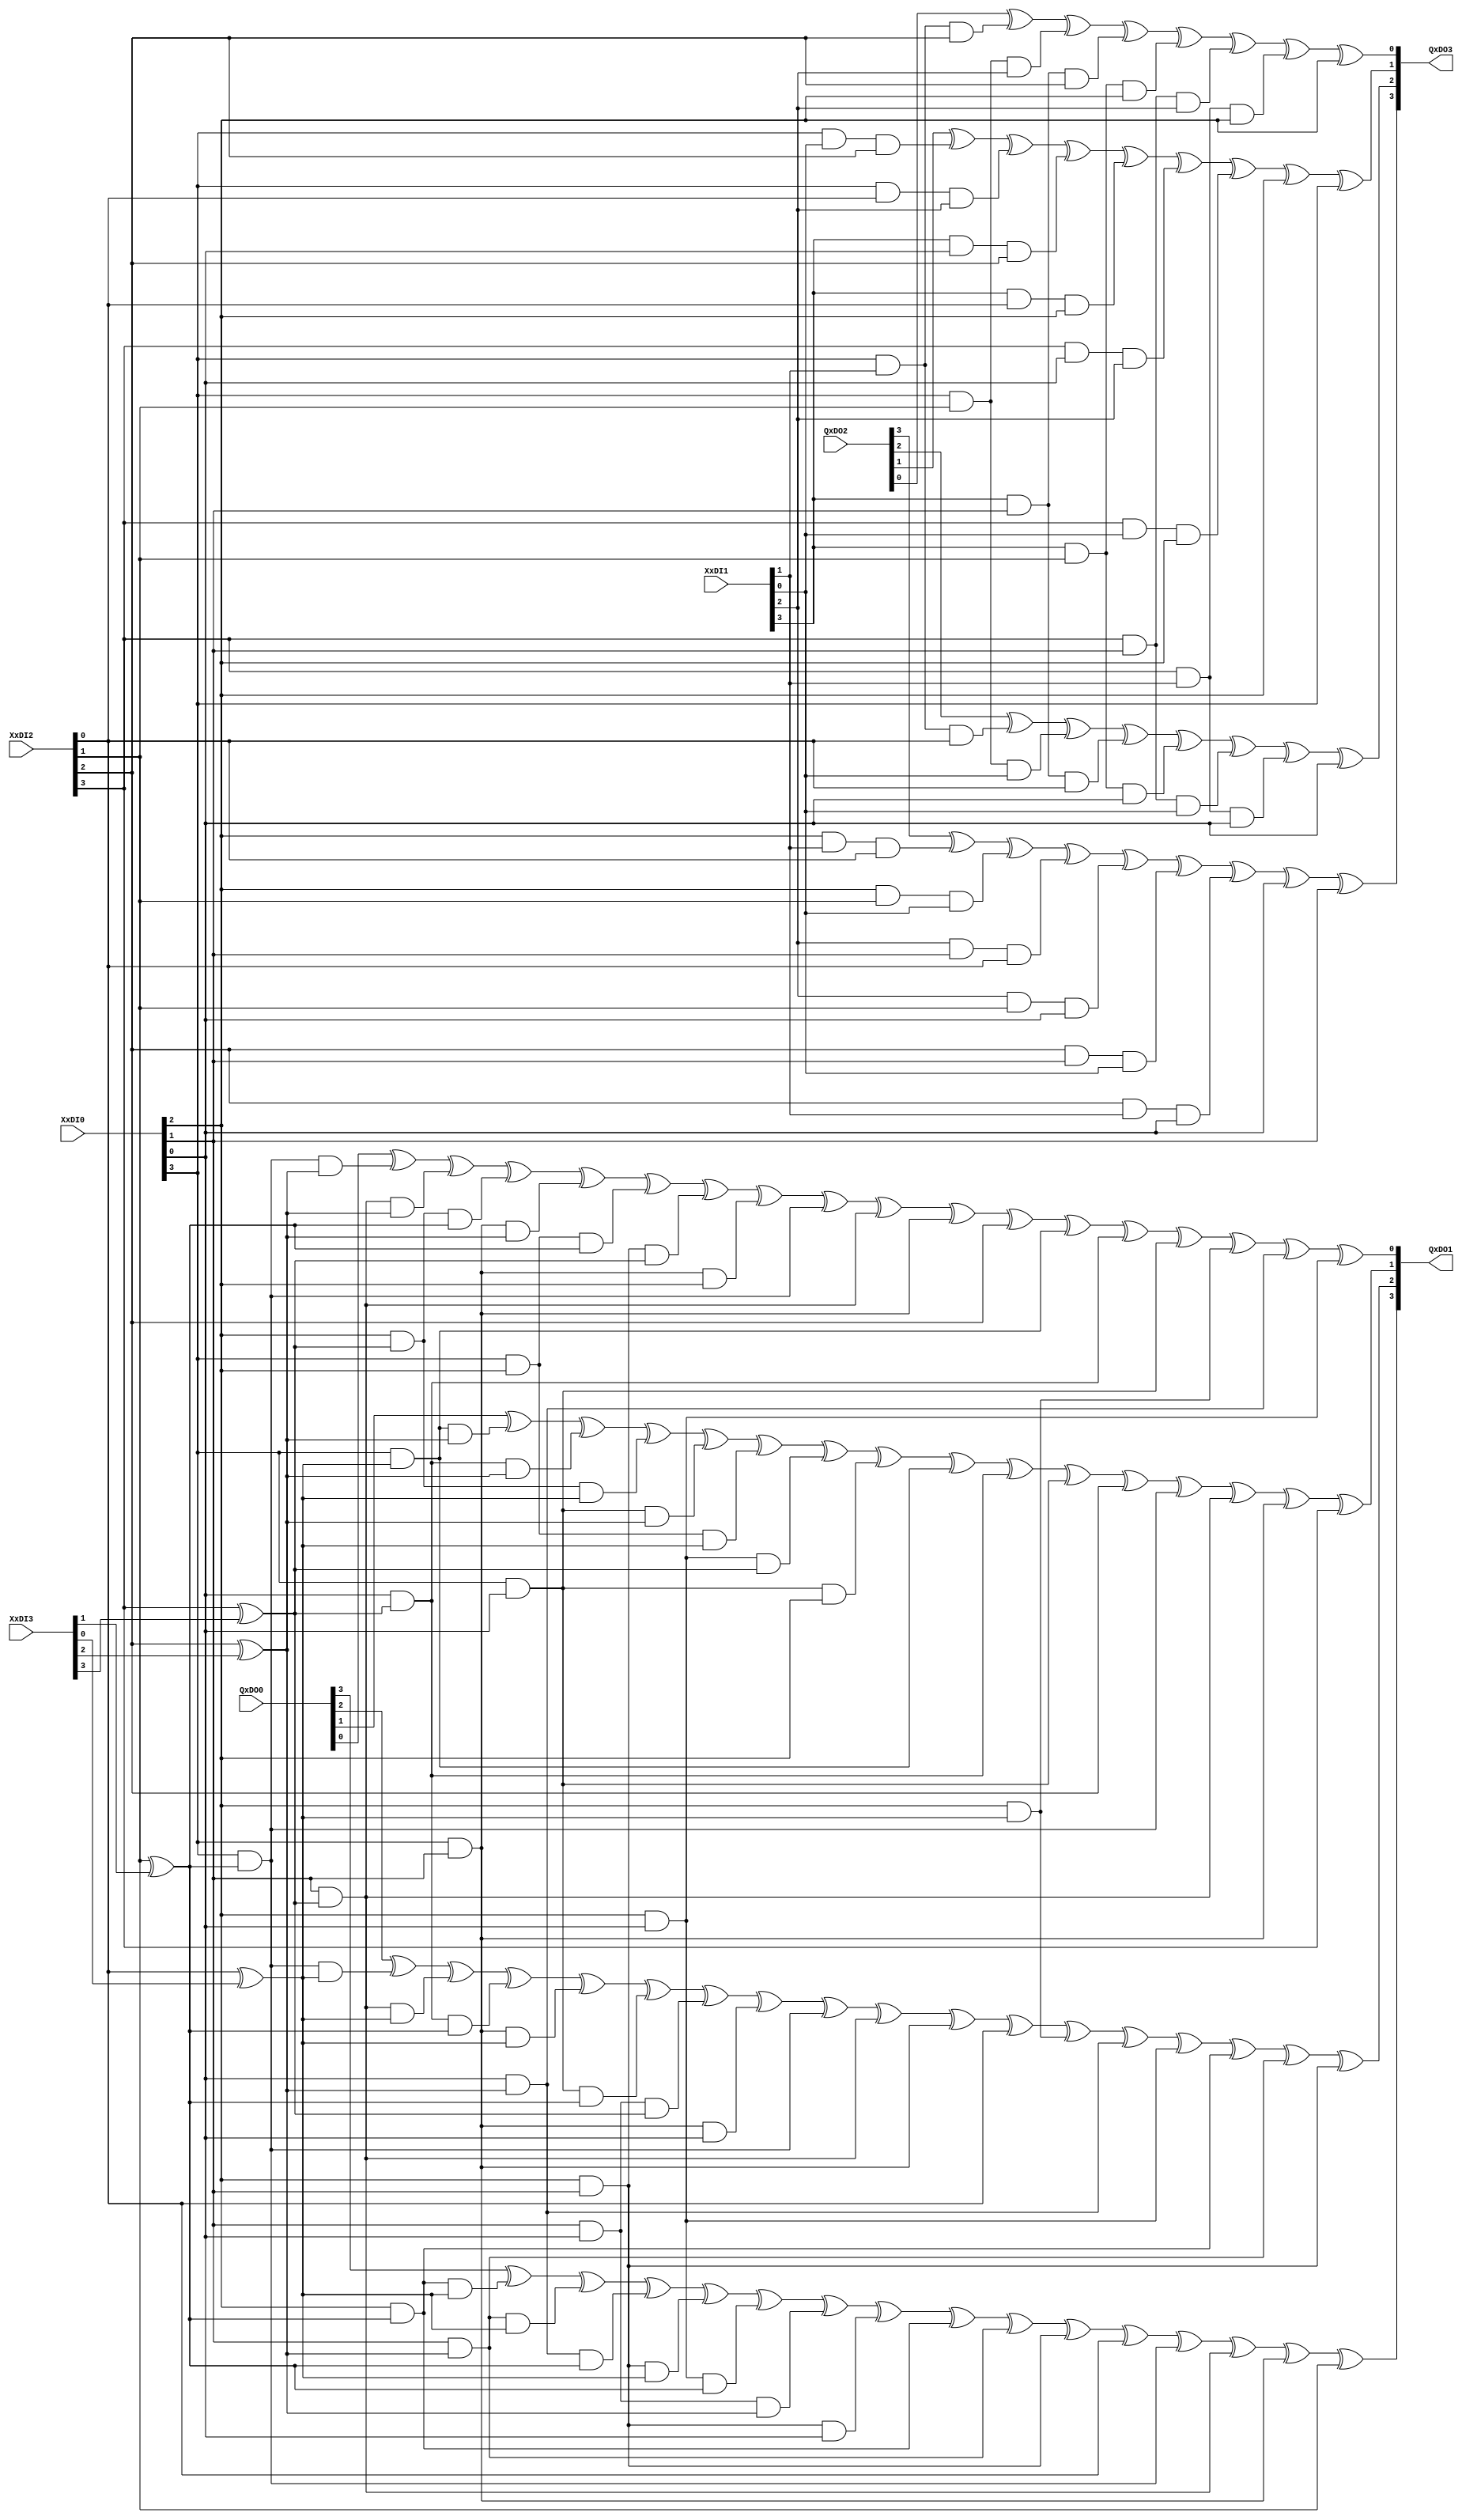
`timescale 1ns / 1ps
//////////////////////////////////////////////////////////////////////////////////
// Company: 
// Engineer: 
// 
// Design Name: 
// Module Name:    inverter2 
// Project Name: 
// Target Devices: 
// Tool versions: 
// Description: 
//
// Dependencies: 
//
// Revision: 
// Revision 0.01 - File Created
// Additional Comments: 
//
//////////////////////////////////////////////////////////////////////////////////
//the second stage shared gf2^4 inverter 
module inverter2(
   input [3:0]  XxDI0,
	input [3:0]  XxDI1,
	input [3:0]  XxDI2,
	input [3:0]  XxDI3,
   input [3:0]  QxDO0,
	input [3:0]  QxDO2,
   output  [3:0] QxDO1,
	output  [3:0] QxDO3
	);
	
   assign QxDO1[3] = QxDO0[3] ^ (XxDI0[2] & (XxDI2[1] ^ XxDI3[1] ) & (XxDI2[0] ^ XxDI3[0] )) ^ (XxDI0[1] & (XxDI2[2] ^ XxDI3[2] ) & (XxDI2[0] ^ XxDI3[0] )) 
	   ^ (XxDI0[0] & (XxDI2[2] ^ XxDI3[2] ) & (XxDI2[1] ^ XxDI3[1] )) ^ (XxDI0[2] & XxDI0[1] & (XxDI2[0] ^ XxDI3[0] )) 
		^ (XxDI0[2] & XxDI0[0] & (XxDI2[1] ^ XxDI3[1] )) ^ (XxDI0[1] & XxDI0[0] & (XxDI2[2] ^ XxDI3[2] )) ^ (XxDI0[2] & XxDI0[1] & XxDI0[0]) 
	   ^ (XxDI0[2] & (XxDI2[1] ^ XxDI3[1] )) ^ (XxDI0[1] & (XxDI2[2] ^ XxDI3[2] )) ^ (XxDI0[2] & XxDI0[1]) ^ XxDI2[0]
	   ^ (XxDI0[3] & (XxDI2[1] ^ XxDI3[1] )) ^ (XxDI0[1] & (XxDI2[3] ^ XxDI3[3] )) ^ (XxDI0[3] & XxDI0[1]) ^XxDI2[1];
   assign QxDO3[3] = QxDO2[3] ^ (XxDI0[2] & XxDI1[1] & XxDI2[0]) ^ (XxDI0[2] & XxDI2[1] & XxDI1[0]) ^ (XxDI1[2] & XxDI0[1] & XxDI2[0]) 
	   ^ (XxDI1[2] & XxDI2[1] & XxDI0[0]) ^ (XxDI2[2] & XxDI0[1] & XxDI1[0]) ^ (XxDI2[2] & XxDI1[1] & XxDI0[0]) ^ XxDI0[0] ^ XxDI0[1];

   assign QxDO1[2] = QxDO0[2] ^(XxDI0[3] & (XxDI2[1] ^ XxDI3[1] ) & (XxDI2[0] ^ XxDI3[0] )) ^ (XxDI0[1] & (XxDI2[3] ^ XxDI3[3] ) & (XxDI2[0] ^ XxDI3[0] )) 
	   ^ (XxDI0[0] & (XxDI2[3] ^ XxDI3[3] ) & (XxDI2[1] ^ XxDI3[1] )) ^ (XxDI0[3] & XxDI0[1] & (XxDI2[0] ^ XxDI3[0] )) 
		^ (XxDI0[3] & XxDI0[0] & (XxDI2[1] ^ XxDI3[1] )) ^ (XxDI0[1] & XxDI0[0] & (XxDI2[3] ^ XxDI3[3] )) ^ (XxDI0[3] & XxDI0[1] & XxDI0[0]) 
	   ^ (XxDI0[3] & (XxDI2[1] ^ XxDI3[1] )) ^ (XxDI0[1] & (XxDI2[3] ^ XxDI3[3] )) ^ (XxDI0[3] & XxDI0[1]) ^ XxDI2[0]
	   ^ (XxDI0[2] & (XxDI2[0] ^ XxDI3[0] )) ^ (XxDI0[0] & (XxDI2[2] ^ XxDI3[2] )) ^ (XxDI0[2] & XxDI0[0]) 
	   ^ (XxDI0[2] & (XxDI2[1] ^ XxDI3[1] )) ^ (XxDI0[1] & (XxDI2[2] ^ XxDI3[2] )) ^ (XxDI0[2] & XxDI0[1]) ;
   assign QxDO3[2] = QxDO2[2] ^(XxDI0[3] & XxDI1[1] & XxDI2[0]) ^ (XxDI0[3] & XxDI2[1] & XxDI1[0]) ^ (XxDI1[3] & XxDI0[1] & XxDI2[0]) 
	   ^ (XxDI1[3] & XxDI2[1] & XxDI0[0]) ^ (XxDI2[3] & XxDI0[1] & XxDI1[0]) ^ (XxDI2[3] & XxDI1[1] & XxDI0[0]) ^ XxDI0[0];

	assign QxDO1[1] = QxDO0[1] ^(XxDI0[3] & (XxDI2[0] ^ XxDI3[0] ) & (XxDI2[2] ^ XxDI3[2] )) ^ (XxDI0[0] & (XxDI2[3] ^ XxDI3[3] ) & (XxDI2[2] ^ XxDI3[2] )) 
	   ^ (XxDI0[2] & (XxDI2[3] ^ XxDI3[3] ) & (XxDI2[0] ^ XxDI3[0] )) ^ (XxDI0[3] & XxDI0[0] & (XxDI2[2] ^ XxDI3[2] )) 
		^ (XxDI0[3] & XxDI0[2] & (XxDI2[0] ^ XxDI3[0] )) ^ (XxDI0[0] & XxDI0[2] & (XxDI2[3] ^ XxDI3[3] )) ^ (XxDI0[3] & XxDI0[0] & XxDI0[2]) 
	   ^ (XxDI0[3] & (XxDI2[0] ^ XxDI3[0] )) ^ (XxDI0[0] & (XxDI2[3] ^ XxDI3[3] )) ^ (XxDI0[3] & XxDI0[0]) ^ XxDI2[2]
	   ^ (XxDI0[3] & (XxDI2[1] ^ XxDI3[1] )) ^ (XxDI0[1] & (XxDI2[3] ^ XxDI3[3] )) ^ (XxDI0[3] & XxDI0[1]) ^ XxDI2[3];
   assign QxDO3[1] = QxDO2[1] ^ (XxDI0[3] & XxDI1[0] & XxDI2[2]) ^ (XxDI0[3] & XxDI2[0] & XxDI1[2]) ^ (XxDI1[3] & XxDI0[0] & XxDI2[2]) 
	   ^ (XxDI1[3] & XxDI2[0] & XxDI0[2]) ^ (XxDI2[3] & XxDI0[0] & XxDI1[2]) ^ (XxDI2[3] & XxDI1[0] & XxDI0[2]) ^ XxDI0[2]^ XxDI0[3];

	assign QxDO1[0] = QxDO0[0] ^(XxDI0[3] & (XxDI2[1] ^ XxDI3[1] ) & (XxDI2[2] ^ XxDI3[2] )) ^ (XxDI0[1] & (XxDI2[3] ^ XxDI3[3] ) & (XxDI2[2] ^ XxDI3[2] )) 
	   ^ (XxDI0[2] & (XxDI2[3] ^ XxDI3[3] ) & (XxDI2[1] ^ XxDI3[1] )) ^ (XxDI0[3] & XxDI0[1] & (XxDI2[2] ^ XxDI3[2] )) 
		^ (XxDI0[3] & XxDI0[2] & (XxDI2[1] ^ XxDI3[1] )) ^ (XxDI0[1] & XxDI0[2] & (XxDI2[3] ^ XxDI3[3] )) ^ (XxDI0[3] & XxDI0[1] & XxDI0[2]) 
	   ^ (XxDI0[3] & (XxDI2[1] ^ XxDI3[1] )) ^ (XxDI0[1] & (XxDI2[3] ^ XxDI3[3] )) ^ (XxDI0[3] & XxDI0[1]) ^ XxDI2[2]
	   ^ (XxDI0[3] & (XxDI2[0] ^ XxDI3[0] )) ^ (XxDI0[0] & (XxDI2[3] ^ XxDI3[3] )) ^ (XxDI0[3] & XxDI0[0]) 
	   ^ (XxDI0[2] & (XxDI2[0] ^ XxDI3[0] )) ^ (XxDI0[0] & (XxDI2[2] ^ XxDI3[2] )) ^ (XxDI0[2] & XxDI0[0]) ;
   assign QxDO3[0] = QxDO2[0] ^ (XxDI0[3] & XxDI1[1] & XxDI2[2]) ^ (XxDI0[3] & XxDI2[1] & XxDI1[2]) ^ (XxDI1[3] & XxDI0[1] & XxDI2[2]) 
	   ^ (XxDI1[3] & XxDI2[1] & XxDI0[2]) ^ (XxDI2[3] & XxDI0[1] & XxDI1[2]) ^ (XxDI2[3] & XxDI1[1] & XxDI0[2]) ^ XxDI0[2];

      
endmodule